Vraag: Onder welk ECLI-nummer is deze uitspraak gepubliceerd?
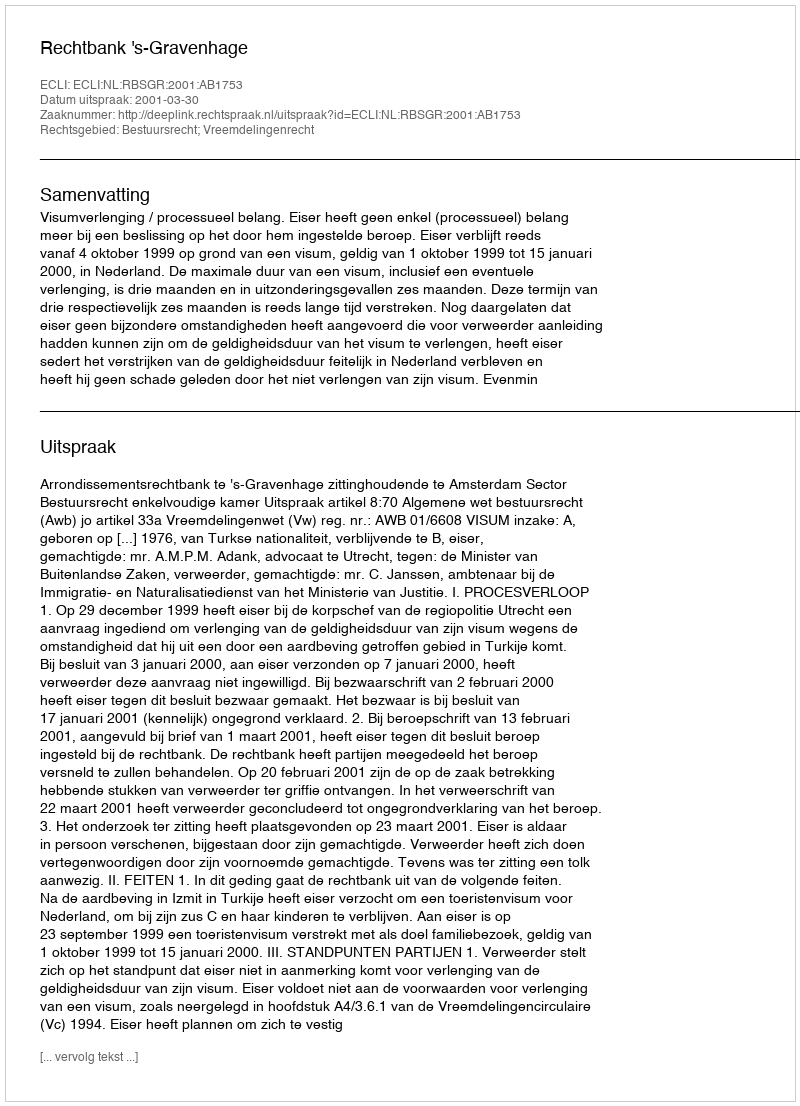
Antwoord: ECLI:NL:RBSGR:2001:AB1753